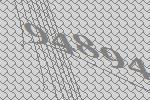
94894